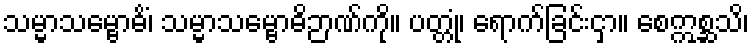
သမ္မာသမ္ဗောဓိံ၊ သမ္မာသမ္ဗောဓိဉာဏ်ကို။ ပတ္တုံ၊ ရောက်ခြင်းငှာ။ စေဣစ္ဆသိ၊